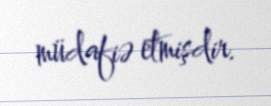
müdafiə etmişdir.